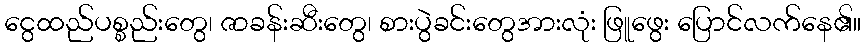
ငွေထည်ပစ္စည်းတွေ၊ ဇာခန်းဆီးတွေ၊ စားပွဲခင်းတွေအားလုံး ဖြူဖွေး ပြောင်လက်နေ၏။